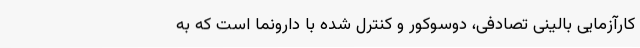
کارآزمایی بالینی تصادفی، دوسوکور و کنترل شده با دارونما است که به